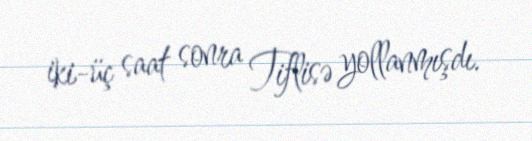
iki-üç saat sonra Tiflisə yollanmışdı.